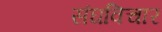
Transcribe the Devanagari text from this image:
संघविचार